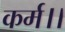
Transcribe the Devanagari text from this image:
कर्म।।